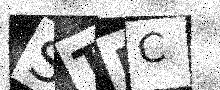
Text: STMC